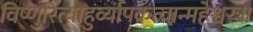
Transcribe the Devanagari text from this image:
विष्णुरित्याहुर्व्यापकत्वान्महेश्वरः॥